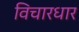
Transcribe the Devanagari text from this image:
विचारधार